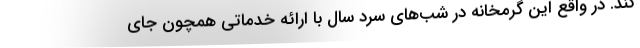
کند. در واقع این گرمخانه در شب‌های سرد سال با ارائه خدماتی همچون جای